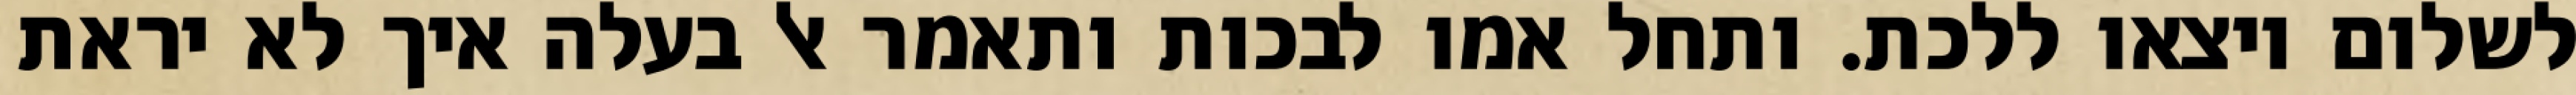
לשלום ויצאו ללכת. ותחל אמו לבכות ותאמר אל בעלה איך לא יראת